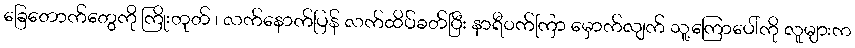
ခြေတောက်တွေကို ကြိုးတုတ် ၊ လက်နောက်ပြန် လက်ထိပ်ခတ်ပြီး နာရီဝက်ကြာ မှောက်လျက် သူ့ကြောပေါ်ကို လူများက